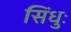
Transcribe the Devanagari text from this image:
सिंधुः